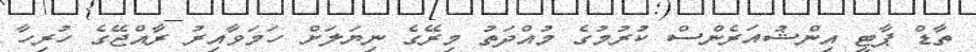
ތާޑް ޕާޓީ އިންޝުއަރެންސް ކުރުމުގެ މުއްދަތު މިރޭގެ ނިޔަލަށް ހަމަވާއިރު ރާއްޖޭގެ ހުރިހާ